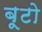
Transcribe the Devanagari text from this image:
बूटो